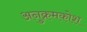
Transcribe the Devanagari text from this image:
अनुक्रमकोश